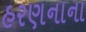
હરણનાના